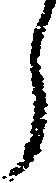
う